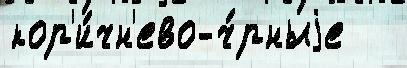
кор'и́чн'ево-ч́рныjе